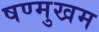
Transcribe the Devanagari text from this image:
षण्मुखम